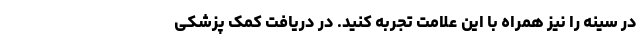
در سینه را نیز همراه با این علامت تجربه کنید. در دریافت کمک پزشکی